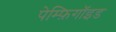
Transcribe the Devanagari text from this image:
पेम्फ़िगॉइड